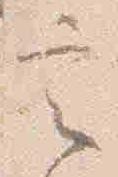
定